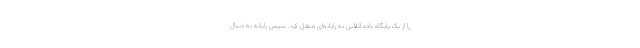
را از یک پایگاه داده آنلاین به رایانه‌ای متقل کرد. سپس رایانه به دنبال